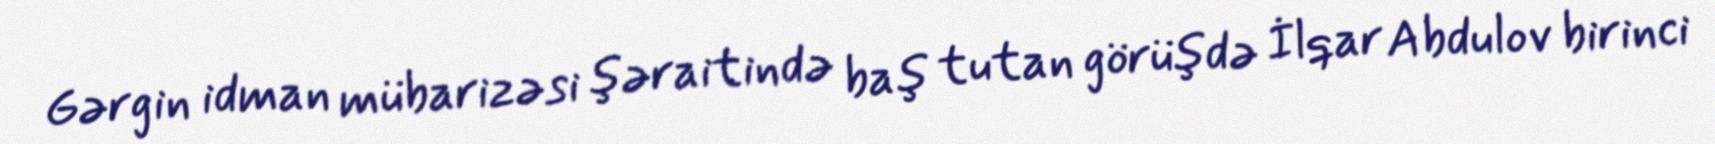
Gərgin idman mübarizəsi şəraitində baş tutan görüşdə İlqar Abdulov birinci